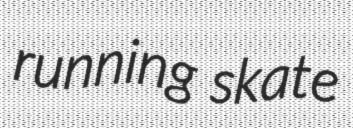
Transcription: running skate